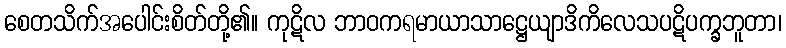
စေတသိက်အပေါင်းစိတ်တို့၏။ ကုဋိလ ဘာဝကရမာယာသာဋ္ဌေယျာဒိကိလေသပဋိပက္ခဘူတာ၊